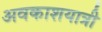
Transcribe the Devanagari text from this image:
अवकाशयात्री